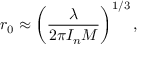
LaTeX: r _ { 0 } \approx \left( \frac { \lambda } { 2 \pi I _ { n } M } \right) ^ { 1 / 3 } ,